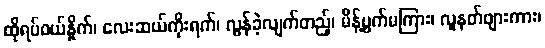
ထိုရပ်ဝယ်နှိုက်၊ လေးဆယ်ကိုးရက်၊ လွန်ခဲ့လျက်တည့်၊ မိန့်ပွက်မကြား၊ လူနတ်ဖျားကား၊